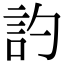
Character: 訋